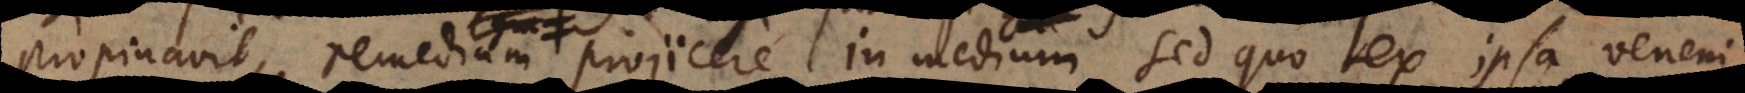
propinavit, remedium projicere in medium sed quo ex ipsa veneni